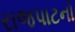
રાજપાટનો